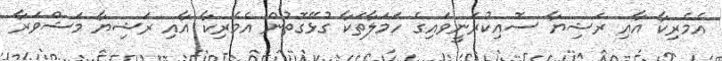
އެމެރިކާ އާއި ރަޝިޔާ ސޮއިކުރަނީވައިގެ ހަމަލާތަކާ ގުޅޭގޮތުން އެމެރިކާ އާއި ރަޝިޔާ މަޝްވަރާ